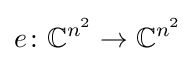
e\colon \mathbb {C} ^{n^{2}}\to \mathbb {C} ^{n^{2}}